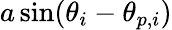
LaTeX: a\sin(\theta_{i}-\theta_{p,i})